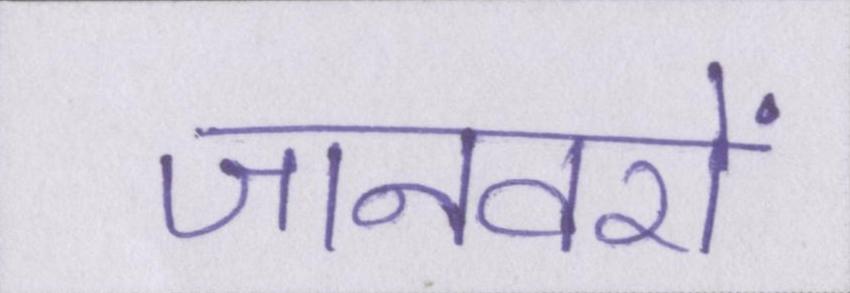
जानवरों